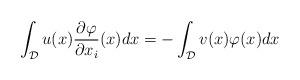
LaTeX: \begin{align*} \int_{\mathcal{D}} u(x)\frac{\partial\varphi}{\partial x_i}(x)dx = - \int_{\mathcal{D}} v(x)\varphi(x)dx\end{align*}